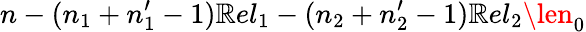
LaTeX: n-(n_{1}+n_{1}^{\prime}-1)\mathbb{R}el_{1}-(n_{2}+n_{2}^{\prime}-1)\mathbb{R}el_{2}\len_{0}